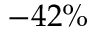
- 4 2 \%